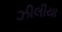
ઝીલીયા